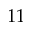
1 1